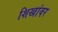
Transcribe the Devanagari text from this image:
शिखांवर